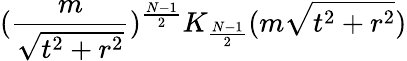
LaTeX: (\frac{m}{\sqrt{t^{2}+r^{2}}})^{\frac{N-1}{2}}K_{\frac{N-1}{2}}(m\sqrt{t^{2}+r^{2}})